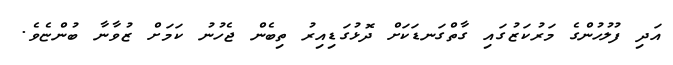
އަދި ފުލުުހުންގެ މަރުކަޒުގައި ގާތްގަނޑަކަށް ދޮޅުގަޑިއިރު ތިބެން ޖެހުނު ކަމަށް ޒުވާނާ ބުންޏެވެ.